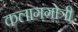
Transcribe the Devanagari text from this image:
कलागंगोत्री